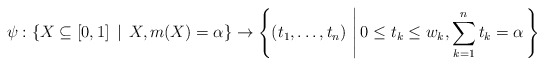
\begin{align*}\psi :\{X \subseteq [0,1] \, \mid \, X , m(X) = \alpha\} \to \left\{(t_1, \ldots, t_n) \, \left| \, 0 \leq t_k \leq w_k, \sum^n_{k=1} t_k = \alpha \right. \right\}\end{align*}